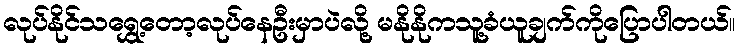
လုပ်နိုင်သရွှေ့တော့လုပ်နေဦးမှာပဲလို့ မနိုနိုကသူ့ခံယူချက်ကိုပြောပါတယ်။